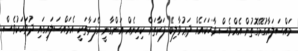
މައްސަލައާގުޅޭގޮތުން އެއްވެސް ވާހަކައެއް ދަޢުވާލިބޭ ފަރާތަށް ކިހިނެއް އަންގާނީ އެފަރާތަކީ އެމައްސަލައިގައި ދުވަހަކުވެސް